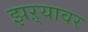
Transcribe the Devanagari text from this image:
झऱ्यावर